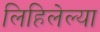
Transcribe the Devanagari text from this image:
लिहिलेल्‍या